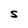
Character: S